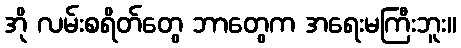
အို လမ်းစရိတ်တွေ ဘာတွေက အရေးမကြီးဘူး။